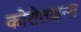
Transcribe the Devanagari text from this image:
कोरोताइन्स